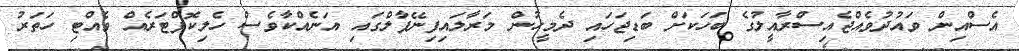
އެސްއިން ވައުދުވެއްޖެއިސްރާއީލުގެ ބަހަކަށް ބަޑިޖަހައި ދެމީހުން މަރާލައިފިނޭޕާލްގައި އަނެއްކާވެސް ހެލިކޮޕްޓަރެއް ވެއްޓި ހަތަރު